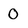
Character: 0